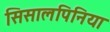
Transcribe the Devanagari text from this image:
सिसालपिनिया